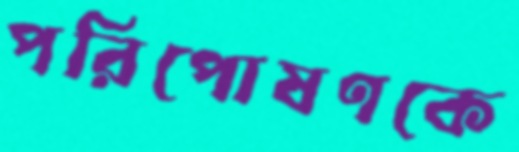
পরিপোষণকে